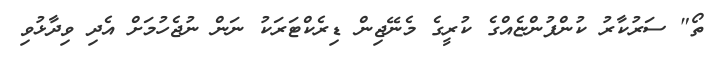
ތޯ" ސަރުކާރު ކުންފުންޏެއްގެ ކުރީގެ މެނޭޖިން ޑިރެކްޓަރަކު ނަން ނުޖެހުމަށް އެދި ވިދާޅުވި